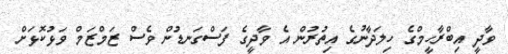
ވާދީ އިބްރާހީމްގެ ހިލަދާނުގެ އިތުރުން އެ ވާދީގެ ފަސްގަނޑުން ވެސް ޒަމްޒަމް ވަޅުކޮޅަށް